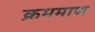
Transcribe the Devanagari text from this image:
क्रममाण